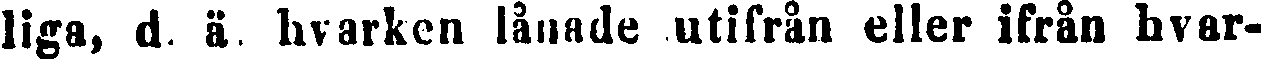
liga, d. ä. hvarken lånade utifrån eller ifrån hvar-